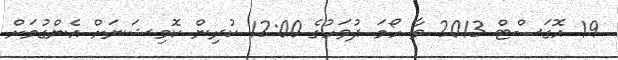
19 އޮގަސްޓް 2013 ވާ ހޯމަ ދުވަހުގެ 12:00 ކުރިން ކޮމިޝަނަށް އެންގުމަށް